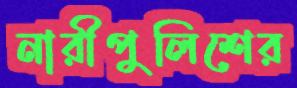
নারীপুলিশের